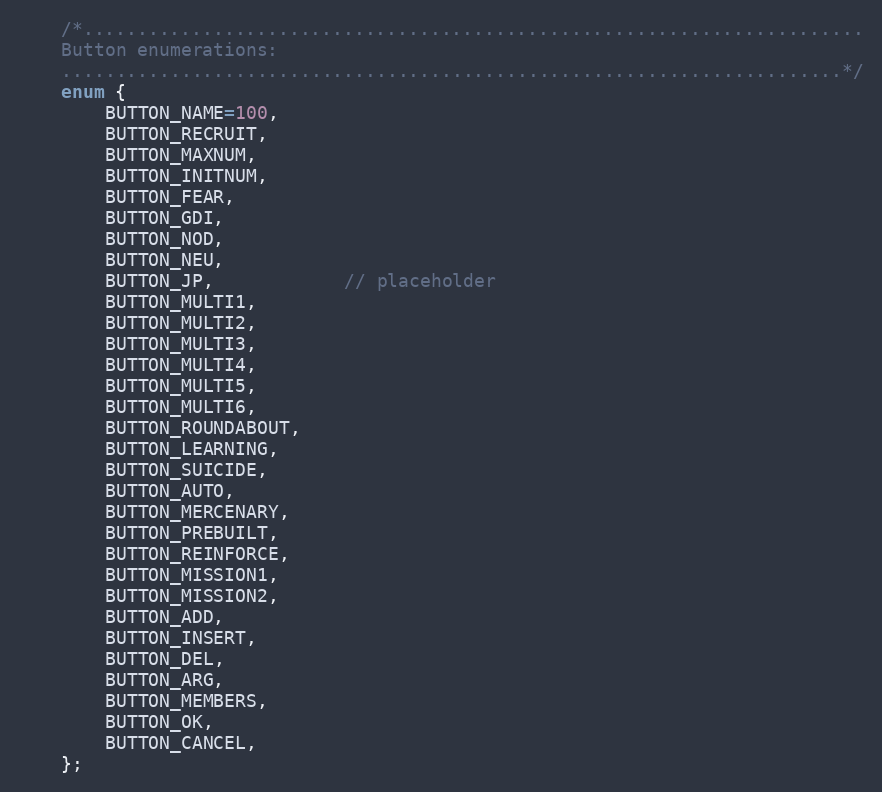
Language: C++
	/*........................................................................
	Button enumerations:
	........................................................................*/
	enum {
		BUTTON_NAME=100,
		BUTTON_RECRUIT,
		BUTTON_MAXNUM,
		BUTTON_INITNUM,
		BUTTON_FEAR,
		BUTTON_GDI,
		BUTTON_NOD,
		BUTTON_NEU,
		BUTTON_JP,			// placeholder
		BUTTON_MULTI1,
		BUTTON_MULTI2,
		BUTTON_MULTI3,
		BUTTON_MULTI4,
		BUTTON_MULTI5,
		BUTTON_MULTI6,
		BUTTON_ROUNDABOUT,
		BUTTON_LEARNING,
		BUTTON_SUICIDE,
		BUTTON_AUTO,
		BUTTON_MERCENARY,
		BUTTON_PREBUILT,
		BUTTON_REINFORCE,
		BUTTON_MISSION1,
		BUTTON_MISSION2,
		BUTTON_ADD,
		BUTTON_INSERT,
		BUTTON_DEL,
		BUTTON_ARG,
		BUTTON_MEMBERS,
		BUTTON_OK,
		BUTTON_CANCEL,
	};